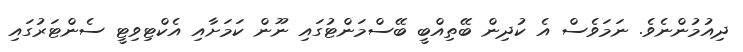
ދިއުމުންނެވެ. ނަމަވެސް އެ ކުދިން ބޭތިއްބީ ބޭސްމަންޓުގައި ނޫން ކަމަށާއި އެކްޓިވިޓީ ސެންޓަރުގައި